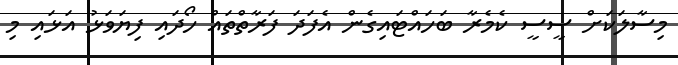
މިސާލަކަށް ސީސީ ކެމެރާ ބަހައްޓައިގެން އެފަދަ ފަރާތްތައް ހޯދައި ފިޔަވަޅު އަޅައި މި